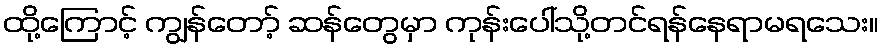
ထို့ကြောင့် ကျွန်တော့် ဆန်တွေမှာ ကုန်းပေါ်သို့တင်ရန်နေရာမရသေး။